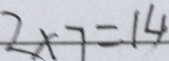
2 \times 7 = 1 4